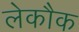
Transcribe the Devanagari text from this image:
लेकौक